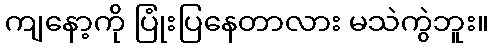
ကျနော့ကို ပြုံးပြနေတာလား မသဲကွဲဘူး။